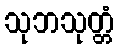
သုဘသုတ္တံ